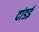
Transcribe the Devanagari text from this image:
दांडई